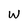
Character: w